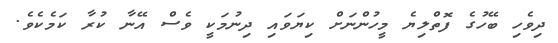
ދިވެހި ބޭހުގެ ފޮތްލިޔެ މީހުންނަށް ކިޔަވައި ދިނުމަކީ ވެސް އޭނާ ކުރާ ކަމެކެވެ.